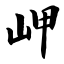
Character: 岬